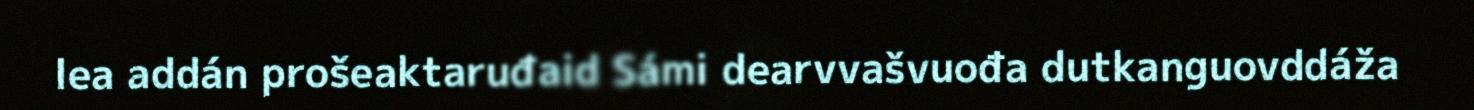
lea addán prošeaktaruđaid Sámi dearvvašvuođa dutkanguovddáža